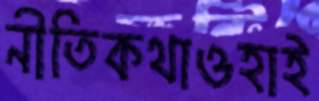
নীতিকথাওহাই